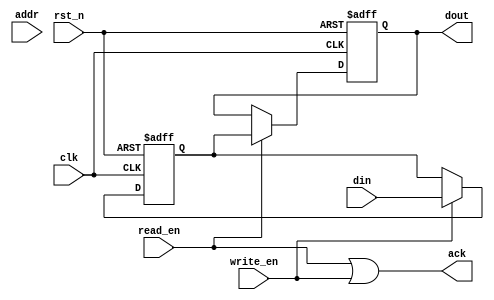
module io_block (
    input wire clk,                   // Clock signal
    input wire rst_n,                 // Active low reset
    input wire [DATA_WIDTH-1:0] din,  // Input data
    output reg [DATA_WIDTH-1:0] dout, // Output data
    input wire read_en,               // Read enable signal
    input wire write_en,              // Write enable signal
    input wire [ADDR_WIDTH-1:0] addr, // Address input
    output wire ack                   // Acknowledge signal
);

    parameter DATA_WIDTH = 64;  // Data width
    parameter ADDR_WIDTH = 16;   // Address width

    // Data buffers
    reg [DATA_WIDTH-1:0] data_buffer; // Temporary storage for data

    // Control logic
    always @(posedge clk or negedge rst_n) begin
        if (!rst_n) begin
            dout <= 0;
            data_buffer <= 0;
        end else begin
            if (write_en) begin
                data_buffer <= din; // Store incoming data
            end
            if (read_en) begin
                dout <= data_buffer; // Output the data
            end
        end
    end

    // Acknowledge signal generation
    assign ack = (read_en || write_en); // Simple acknowledgment logic

    // Address decoder (simplified)
    wire [3:0] bank_select;
    assign bank_select = addr[ADDR_WIDTH-1:ADDR_WIDTH-4]; // Example for 4 banks

    // I/O drivers (simplified)
    wire [DATA_WIDTH-1:0] output_driver;
    assign output_driver = dout; // Drive output data

    // Error correction logic (basic placeholder)
    // This needs to be replaced with actual ECC logic
    wire [DATA_WIDTH-1:0] ecc_encoded_data;
    assign ecc_encoded_data = data_buffer; // Placeholder for ECC encoding

    // Thermal management & power management can be implemented as needed
    // This could involve additional modules or circuitry

endmodule